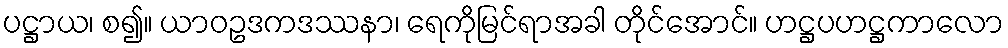
ပဋ္ဌာယ၊ စ၍။ ယာဝဥဒကဒဿနာ၊ ရေကိုမြင်ရာအခါ တိုင်အောင်။ ဟဋ္ဌပဟဋ္ဌကာလော